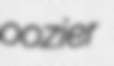
oozier